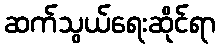
ဆက်သွယ်ရေးဆိုင်ရာ